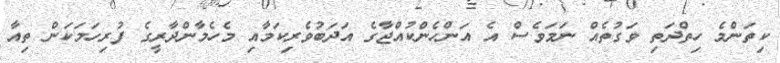
ކިތަންމެ ހިތްދަތި ވަގުތެއް ނަމަވެސް އެ އަންހެންކުއްޖާގެ އަދަބުވެރިކަމާއި މެހެމާންދާރީގެ ފުރިހަމަކަން ތިއާ